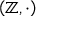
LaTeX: \left( \mathbb { Z } , \cdot \right)